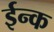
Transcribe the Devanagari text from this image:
ईन्क